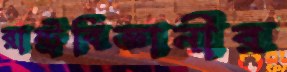
রাষ্ট্রবিজ্ঞানীর